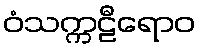
ဝံသက္ကဠီရောဝ